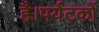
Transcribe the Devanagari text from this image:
है।पर्यटकों